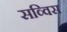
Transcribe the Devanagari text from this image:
सव्विस